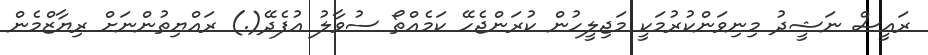
ރައީސް ނަޝީދު މިނިވަންކުރުމަކީ މަޖިލީހުން ކުރަންޖެހޭ ކަމެއްތޯ ސުވާލު އުފެދޭ(.) ރައްޔިތުންނަށް ރިޔާޒްމެން